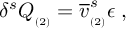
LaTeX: \delta ^ { s } Q _ { _ { ( 2 ) } } = \overline { { { v } } } _ { _ { ( 2 ) } } ^ { s } \epsilon \; ,